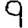
Digit: 9